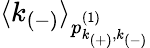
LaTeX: \langle k_{(-)}\rangle_{p_{k_{(+)},k_{(-)}}^{(1)}}